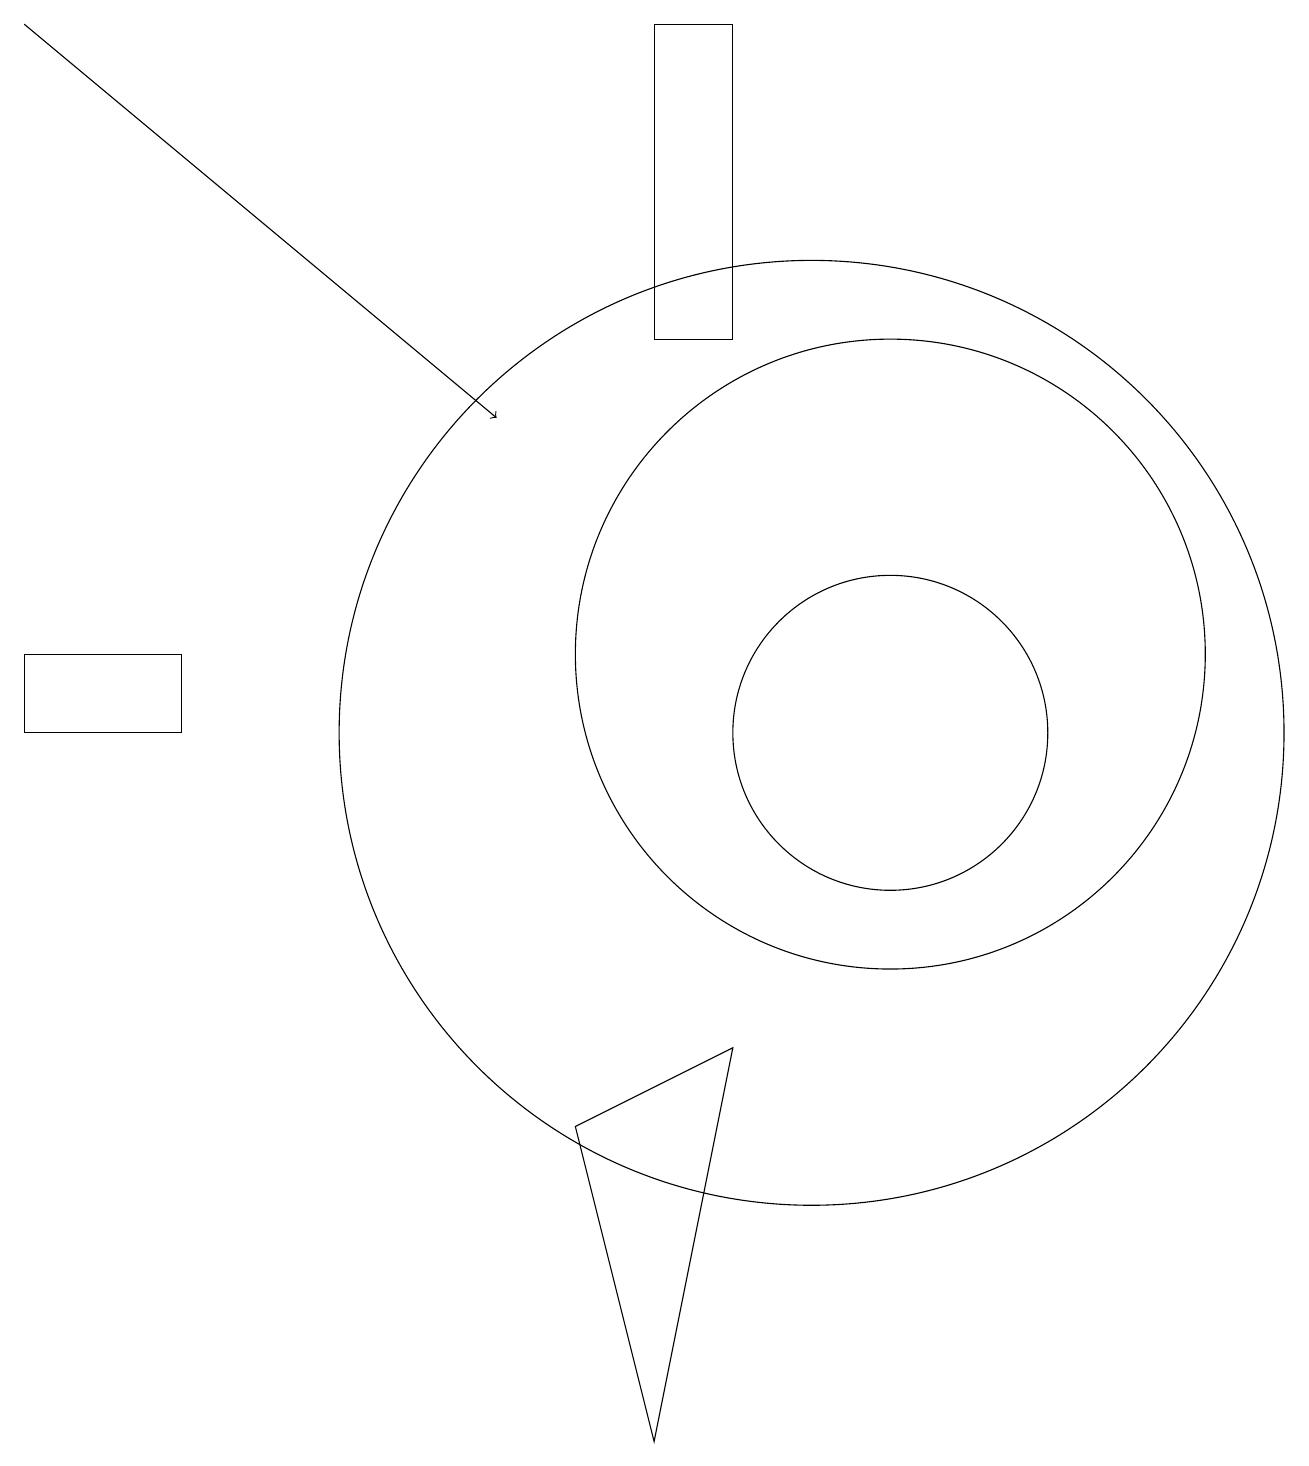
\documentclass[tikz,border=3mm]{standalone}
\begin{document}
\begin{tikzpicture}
\draw (2,10) rectangle (0,11);
\draw (11,11) circle (4);
\draw (10,10) circle (6);
\draw (11,10) circle (2);
\draw (9,15) rectangle (8,19);
\draw (8,1) -- (9,6) -- (7,5) -- cycle;
\draw[->] (0,19) -- (6,14);
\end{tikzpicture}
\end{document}